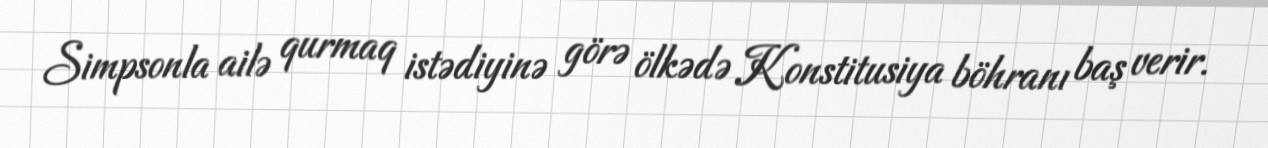
Simpsonla ailə qurmaq istədiyinə görə ölkədə Konstitusiya böhranı baş verir.